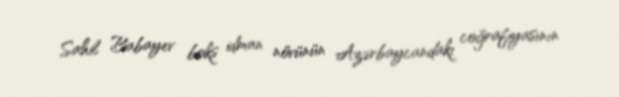
Sahil Babayev boks idman növünün Azərbaycandakı coğrafiyasının